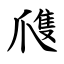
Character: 㸕